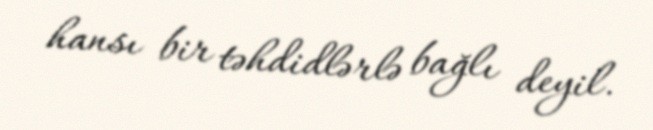
hansı bir təhdidlərlə bağlı deyil.